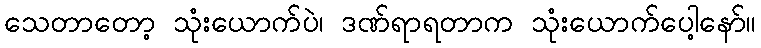
သေတာတော့ သုံးယောက်ပဲ၊ ဒဏ်ရာရတာက သုံးယောက်ပေါ့နော်။